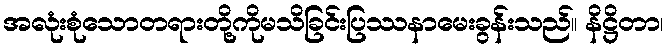
အလုံးစုံသောတရားတို့ကိုမသိခြင်းပြဿနာမေးခွန်းသည်။ နိဋ္ဌိတာ၊